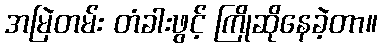
အမြဲတမ်း တံခါးဖွင့် ကြိုဆိုနေခဲ့တာ။